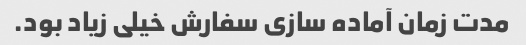
مدت زمان آماده سازی سفارش خیلی زیاد بود.